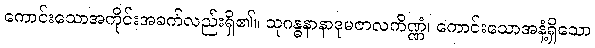
ကောင်းသောအကိုင်းအခက်လည်းရှိ၏။ သုဂန္ဓနာနာဒုမဇာလကိဏ္ဏံ၊ ကောင်းသောအနံ့ရှိသော